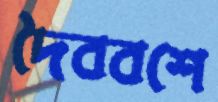
দৈববশে